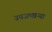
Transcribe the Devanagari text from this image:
उपजणाऱ्या